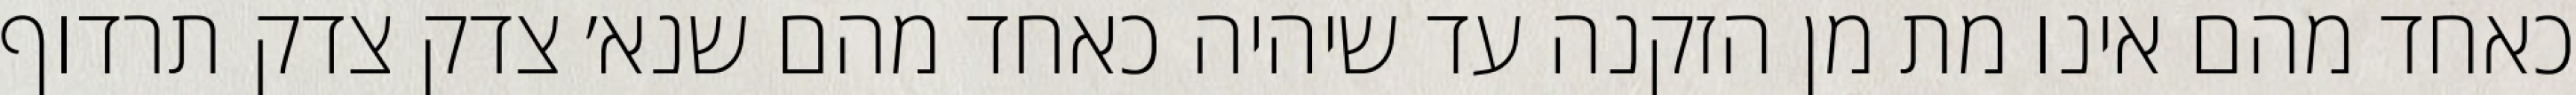
כאחד מהם אינו מת מן הזקנה עד שיהיה כאחד מהם שנא׳ צדק צדק תרדוף